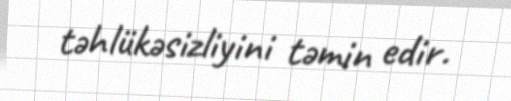
təhlükəsizliyini təmin edir.